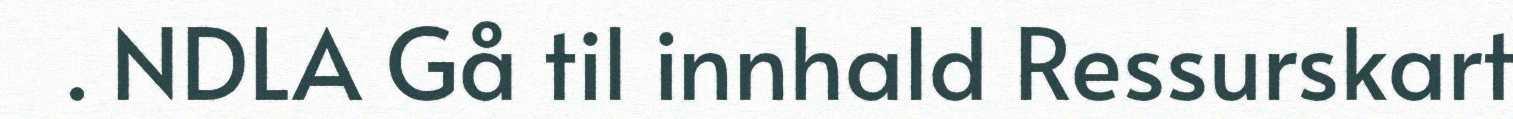
. NDLA Gå til innhald Ressurskart